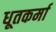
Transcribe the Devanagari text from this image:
धूतकर्मा